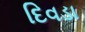
દિવડા